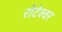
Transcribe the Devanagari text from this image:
रोटेश्वर